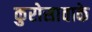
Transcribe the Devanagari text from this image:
कुरोसावाके